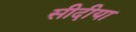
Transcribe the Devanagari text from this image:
सीदीया